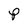
Character: P